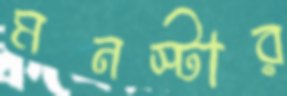
মনস্টার